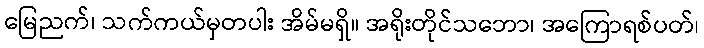
မြေညက်၊ သက်ကယ်မှတပါး အိမ်မရှိ။ အရိုးတိုင်သဘော၊ အကြောရစ်ပတ်၊